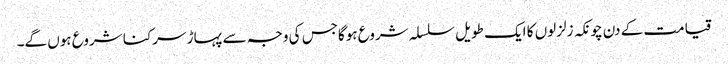
قیامت کے دن چونکہ زلزلوں کا ایک طویل سلسلہ شروع ہوگاجس کی وجہ سے پہاڑ سرکنا شروع ہوں گے۔